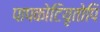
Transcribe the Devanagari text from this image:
पापकोटियृतोपि